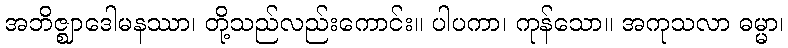
အဘိဇ္ဈာဒေါမနဿာ၊ တို့သည်လည်းကောင်း။ ပါပကာ၊ ကုန်သော။ အကုသလာ ဓမ္မာ၊